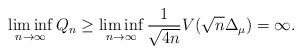
LaTeX: \begin{align*} \liminf_{n\to\infty} Q_n \ge \liminf_{n\to\infty} \frac{1}{\sqrt{4n}} V(\sqrt{n}\Delta_\mu) = \infty. \end{align*}